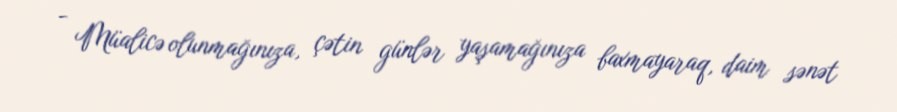
- Müalicə olunmağınıza, çətin günlər yaşamağınıza baxmayaraq, daim sənət